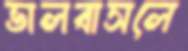
ভালবাসলে